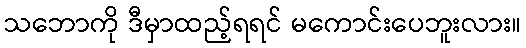
သဘောကို ဒီမှာထည့်ရရင် မကောင်းပေဘူးလား။